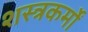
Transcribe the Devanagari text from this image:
शस्त्रकर्मों